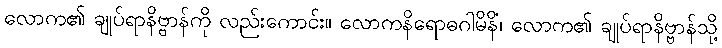
လောက၏ ချုပ်ရာနိဗ္ဗာန်ကို လည်းကောင်း။ လောကနိရောဓဂါမိနိံ၊ လောက၏ ချုပ်ရာနိဗ္ဗာန်သို့